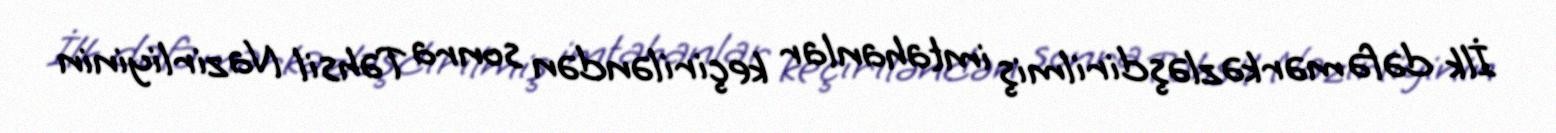
İlk dəfə mərkəzləşdirilmiş imtahanlar keçiriləndən sonra Təhsil Nazirliyinin